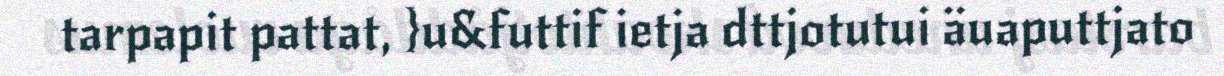
tarpapit pattat, }u&futtif ietja dttjotutui äuaputtjato